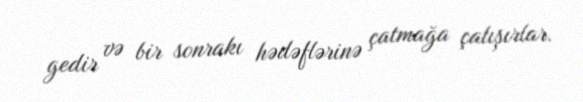
gedir və bir sonrakı hədəflərinə çatmağa çalışırlar.